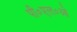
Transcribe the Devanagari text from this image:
पी०एल०ओ